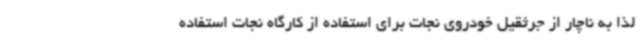
لذا به ناچار از جرثقیل خودروی نجات برای استفاده از کارگاه نجات استفاده